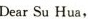
Dear Su Hua,